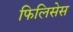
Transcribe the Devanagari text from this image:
फिलिसेस